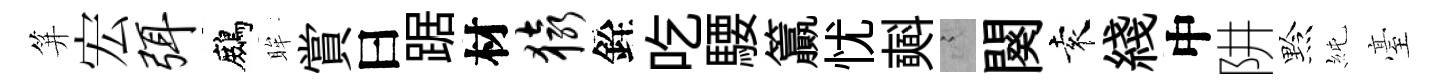
笄宏弭鷓眸賞曰踞材猿銓吃騕籯忧𣂏謭闋袁綫中阱黔純臺